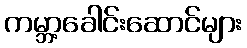
ကမ္ဘာ့ခေါင်းဆောင်များ